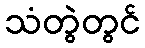
သံတွဲတွင်